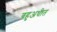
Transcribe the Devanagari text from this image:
बहुअधीत